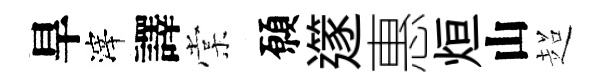
旱滓譯棠願𨗹惠烜山超